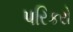
પરિકરો